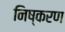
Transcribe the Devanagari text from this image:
निष्करण